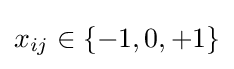
x_{ij}\in \left\{-1,0,+1\right\}